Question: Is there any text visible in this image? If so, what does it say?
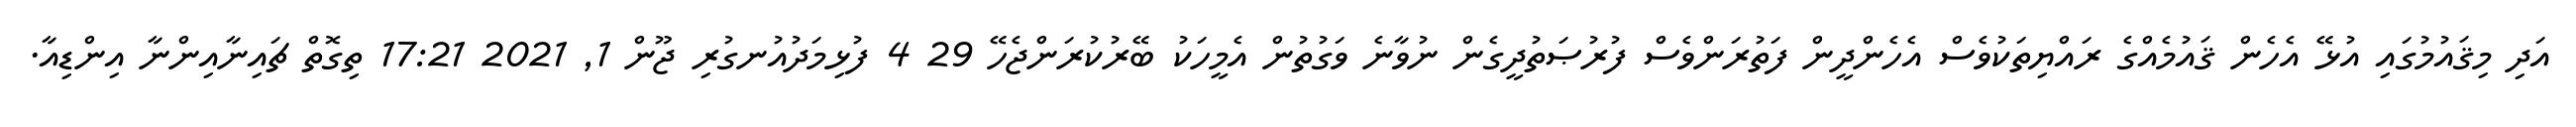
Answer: އަދި މިޤައުމުގައި އުޅޭ އެހެން ޤައުމެއްގެ ރައްޔިތަކުވެސް އެހެންދީން ފަތުރަންވެސް ފުރުޞަތުދީގެން ނުވާނެ ވަގުތުން އެމީހަކު ބޭރުކުރަންޖެހޭ 29 4 ފުޅިމަދުއުނގުރި ޖޫން 1, 2021 17:21 ތިގޮތް ޗައިނާއިންނާ އިންޑިއާ.